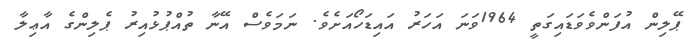
ޕޭލިން އުފަންވެވަޑައިގަތީ 1964ވަނަ އަހަރު އައިޑަހޯއަށެވެ. ނަމަވެސް އޭނާ ތުއްޕުޅުއިރު ޕެލިންގެ އާޢިލާ